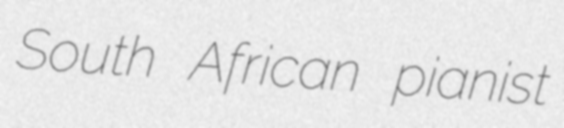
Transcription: South African pianist